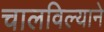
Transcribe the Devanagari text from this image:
चालविल्याने